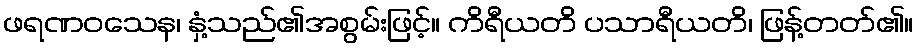
ဖရဏဝသေန၊ နှံ့သည်၏အစွမ်းဖြင့်။ ကိရီယတိ ပသာရီယတိ၊ ဖြန့်တတ်၏။